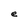
Character: e